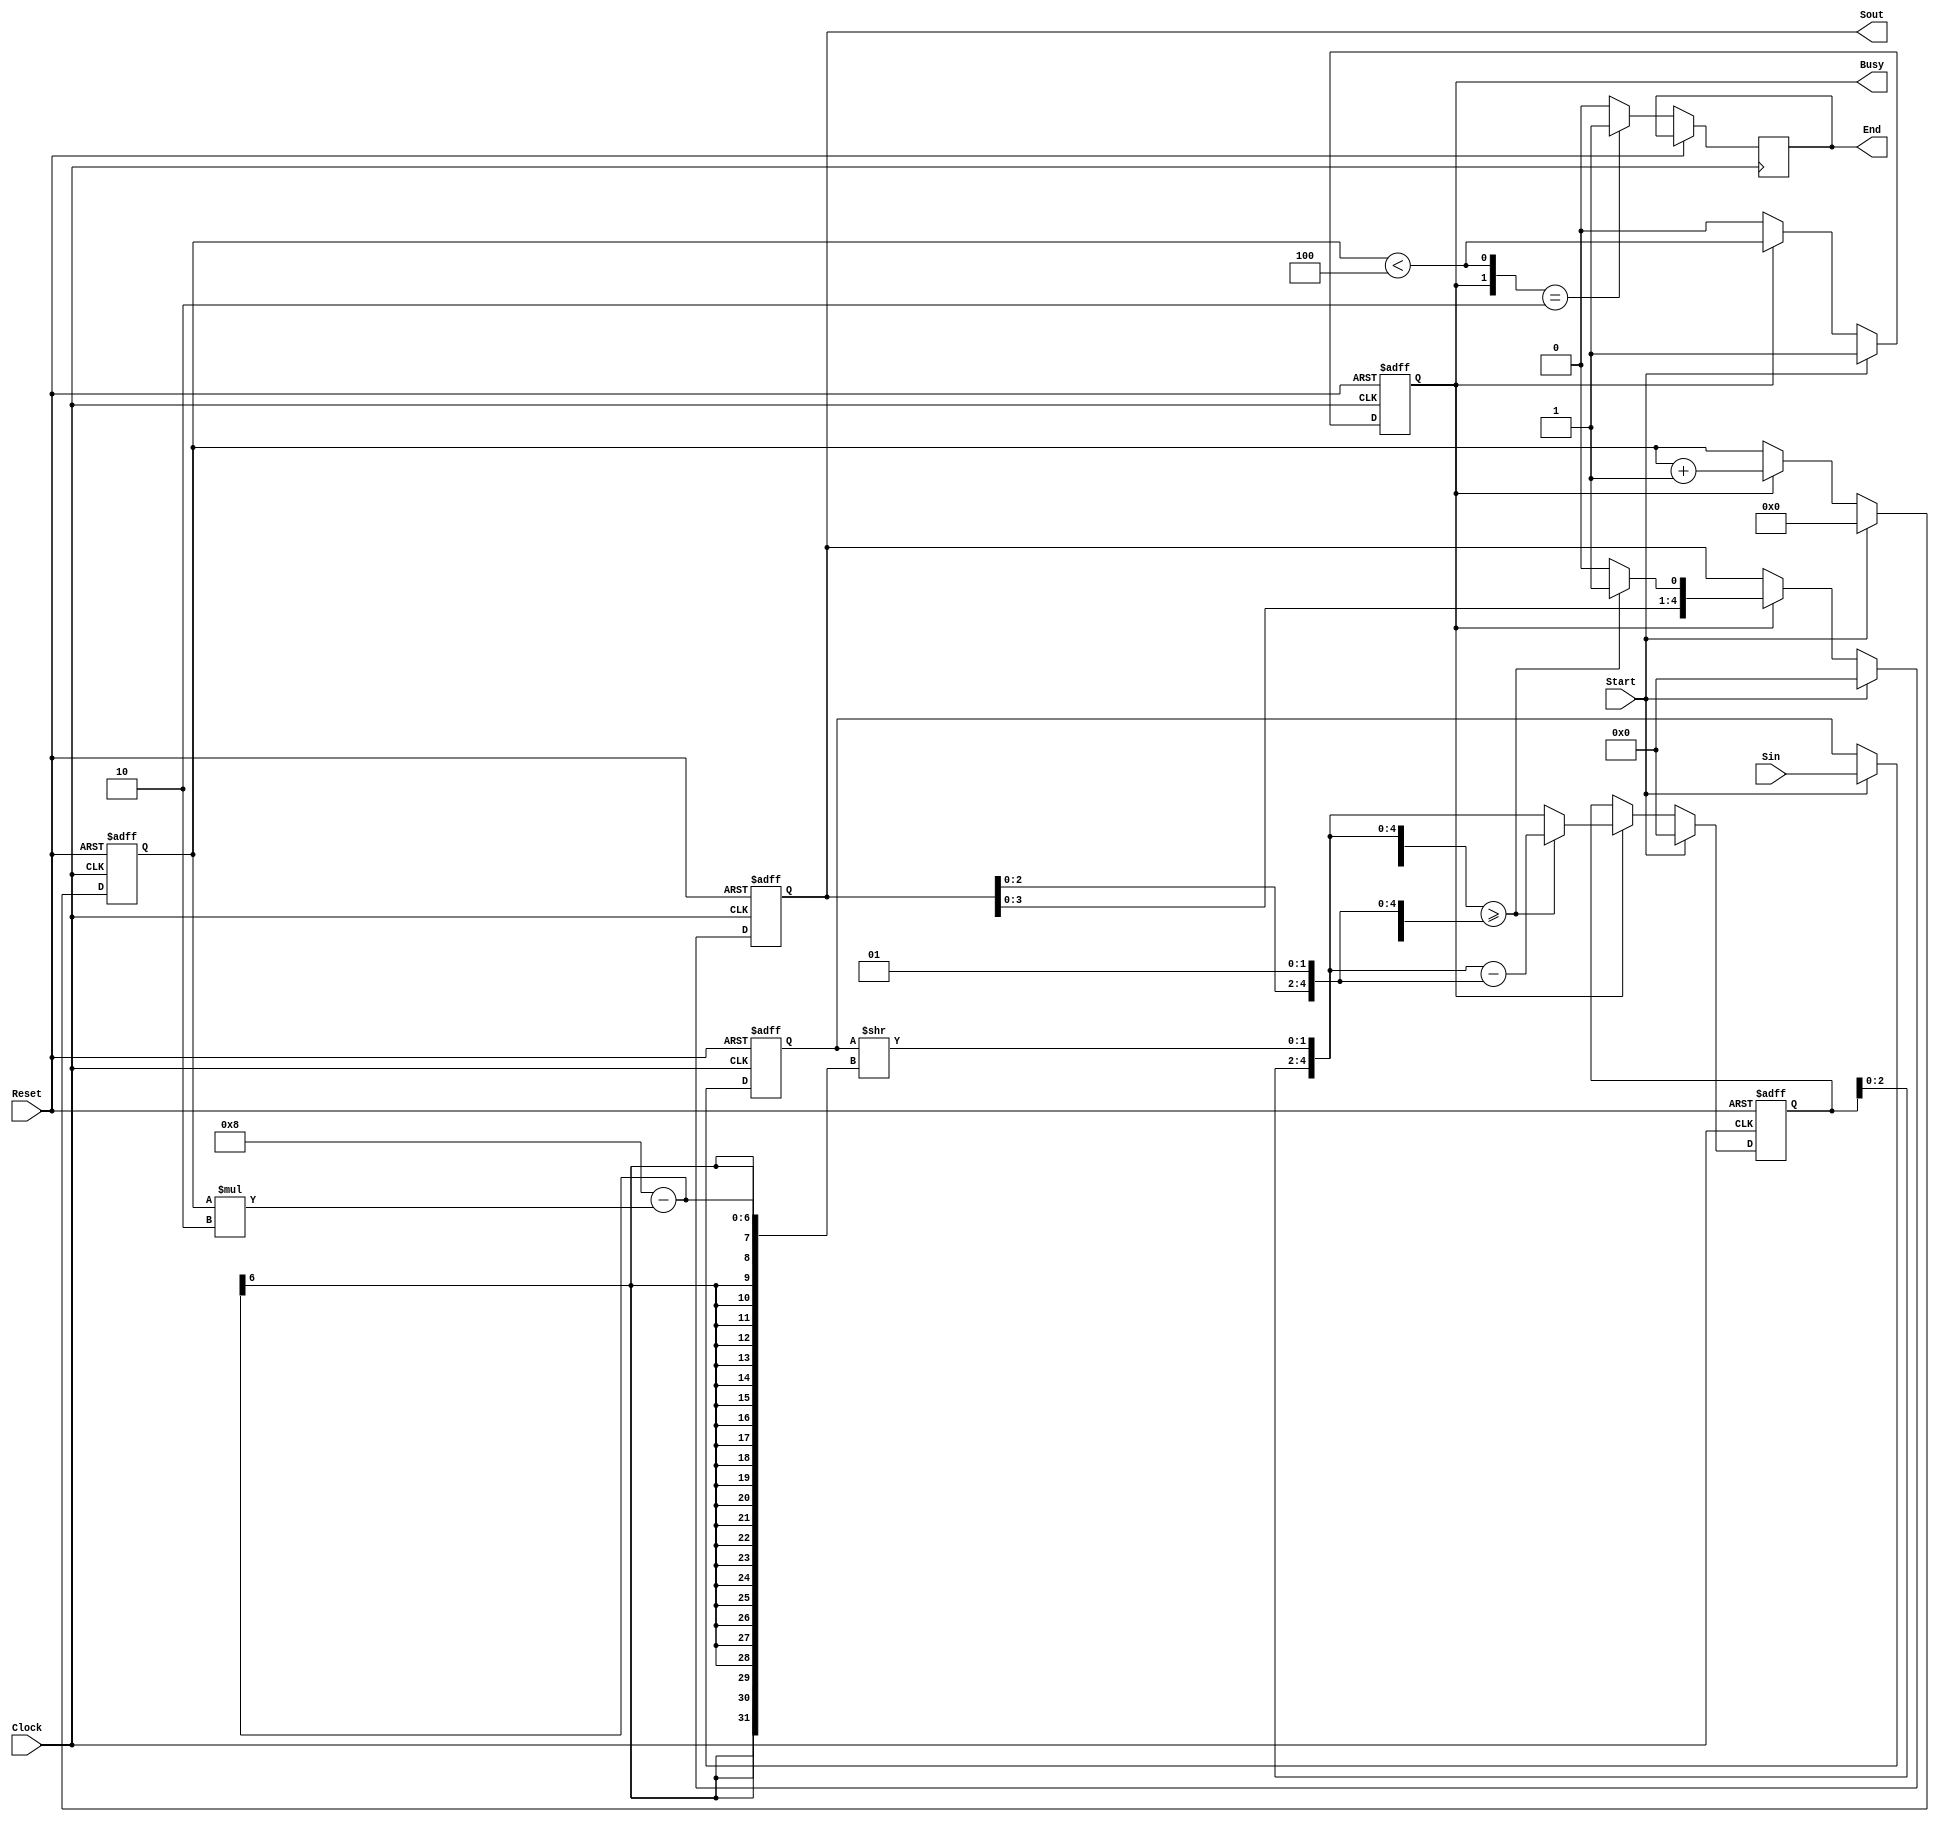
// Z
//obw_in/2NbNKv
/* Portlist
Sqrt s(.Clock(Clock),.Reset(Reset),.Start(),.Sin(),.Sout(),.Busy(),.End());
*/

module Sqrt #(
	parameter bw_in = 10,	// input bit width
	parameter bw_step = 4	// bw_in/2 rbg
) 
(
	input Clock,Reset,Start,
	input [bw_in-1:0] Sin,      // 
	output reg [bw_in/2-1:0] Sout,     // Zo
	output reg Busy,
	output reg End
);

	reg [bw_in-1:0]	rSin;
	reg [bw_in/2-1:0]	mod;
	reg [bw_step-1:0]	step;

	wire [1:0] add	= rSin >> ((bw_in-2) - step * 2'd2);	// ~ian j
	wire wBusy		= (step < (bw_in/2-1));

	always @(posedge Clock or posedge Reset) begin
		if(Reset)begin	//Reset
			Sout	<= 1'b0;
			mod		<= 1'b0;
			step	<= 1'b0;
			rSin	<= 1'b0;
			Busy	<= 1'b0;
		end else begin	//Clock
			if(Start)begin
				Sout	<= 1'b0;
				mod		<= 1'b0;
				step	<= 1'b0;	
				rSin	<= Sin;
				Busy	<= 1'b1;
			end else
			if(Busy) begin
				if({mod, add} >= {Sout, 2'b01}) begin   // PH
					Sout<= {Sout, 1'b1};                // njAPA
					mod <= {mod, add} - {Sout, 2'b01};  // ]vZ
				end
				else begin                  // P
					Sout<= {Sout, 1'b0};    // OZbgA
					mod <= {mod, add};      // ]vZ
				end
				step	<= step + 1;	// Xebv
				Busy	<= wBusy;
			end
			
			if({Busy,wBusy} == 2'b10)
					End <= 1'b1;
				else
					End <= 1'b0;
		end
	end
endmodule